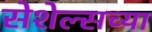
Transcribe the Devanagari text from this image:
सेशेल्सच्या